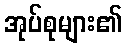
အုပ်စုများ၏